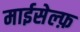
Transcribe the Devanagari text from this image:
माईसेल्फ़